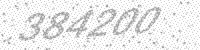
Solution: 384200